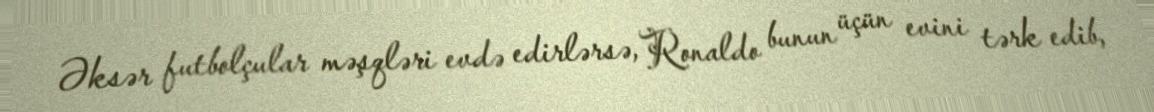
Əksər futbolçular məşqləri evdə edirlərsə, Ronaldo bunun üçün evini tərk edib,